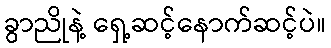
ခွာညိုနဲ့ ရှေ့ဆင့်နောက်ဆင့်ပဲ။